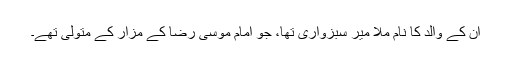
ان کے والد کا نام ملا میر سبزواری تھا، جو امام موسیٰ رضا کے مزار کے متولی تھے۔